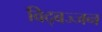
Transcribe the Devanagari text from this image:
विद्बज्जन